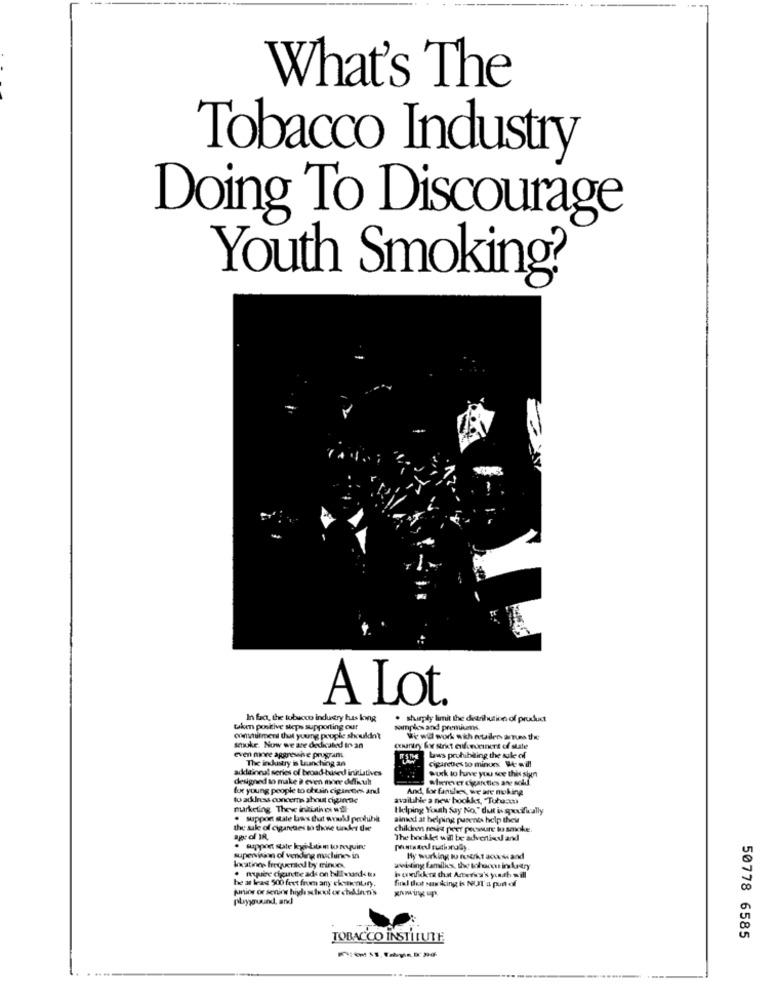
What's The
Tobacco Industry
Doing To Discourage
Youth Smoking?
A Lot.
In fact, the tobacco industry has long
. shimply limit the dierhuutime of product
Cken positive steps supporting our
sampless and premiums.
convirment that young people shouldn'?
We will work with wouden arus thee
smoke. Now we are dedicated in an
country ko strikt enfindeinert of slate
even more aggressive programs
The industry is Launching an
Laws prohibiting the sale of
cigarebes to minun will
adklainnal series of broad-based inklatives
wurk to have you see this sin
designed to make à even more dMdfkult
wherever chcaretles ane soldf.
for young people to chusin cipinces and
And, for families, we are moking
to address concerns about cijguineae
available a new bookket, Tułuam
murketing Thew inkutives will
Helping Youth Say No." dut is spoofkally
· support state las that would pochihl
ainext at helping parents help thew
the sale of cigarses to the under de
children reste peer pecssure to smoke.
age of IR
The bookkt will be advertised and
supervision of vending machines in
Hy wurking lu fukt accessand
locations frequenked by minces.
. nquere ciginthe ads on billlahands to
wwisting families, the tofucou in kadry
he ar las 500 feet from any cionentry.
firkl that musiking is NUT'a punt of
puntos or senior high school or chidden's
playground, and
TOBACCO INSTITUTE
50778 6585